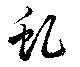
虬